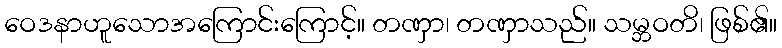
ဝေဒနာဟူသောအကြောင်းကြောင့်။ တဏှာ၊ တဏှာသည်။ သမ္ဘဝတိ၊ ဖြစ်၏။